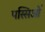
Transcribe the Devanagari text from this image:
पस्सिओं